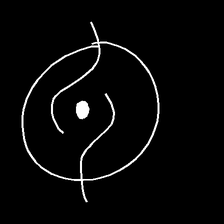
Glyph: repetition